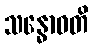
သန္ဓောဝတိ